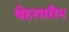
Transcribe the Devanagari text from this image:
बेहरतरीन